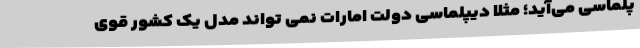
پلماسی می‌آید؛ مثلاً دیپلماسی دولت امارات نمی تواند مدل یک کشور قوی